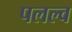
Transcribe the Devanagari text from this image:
पलल्व